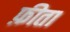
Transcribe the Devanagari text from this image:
फ़ीता